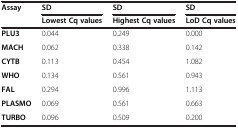
<table><thead><tr><td><b>Assay</b></td><td><b>SD</b></td><td><b>SD</b></td><td><b>SD</b></td></tr><tr><td><b> </b></td><td><b>Lowest Cq values</b></td><td><b>Highest Cq values</b></td><td><b>LoD Cq values</b></td></tr></thead><tbody><tr><td><b>PLU3</b></td><td>0.044</td><td>0.249</td><td>0.000</td></tr><tr><td><b>MACH</b></td><td>0.062</td><td>0.338</td><td>0.142</td></tr><tr><td><b>CYTB</b></td><td>0.113</td><td>0.454</td><td>1.082</td></tr><tr><td><b>WHO</b></td><td>0.134</td><td>0.561</td><td>0.943</td></tr><tr><td><b>FAL</b></td><td>0.294</td><td>0.996</td><td>1.113</td></tr><tr><td><b>PLASMO</b></td><td>0.069</td><td>0.561</td><td>0.663</td></tr><tr><td><b>TURBO</b></td><td>0.096</td><td>0.509</td><td>0.200</td></tr></tbody></table>